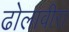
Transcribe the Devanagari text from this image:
ढोलावीरा